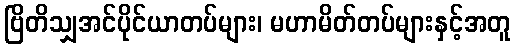
ဗြိတိသျှအင်ပိုင်ယာတပ်များ၊ မဟာမိတ်တပ်များနှင့်အတူ